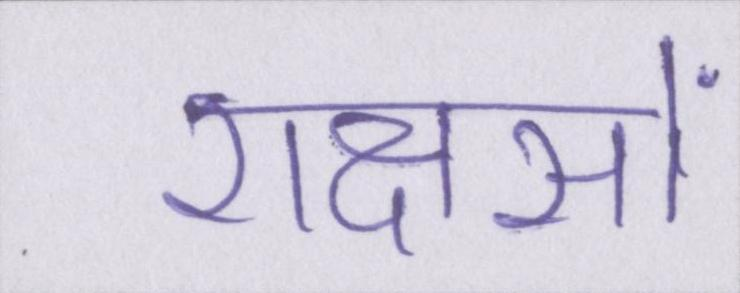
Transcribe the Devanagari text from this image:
राक्षसों